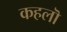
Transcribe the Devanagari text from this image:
कहलॊ